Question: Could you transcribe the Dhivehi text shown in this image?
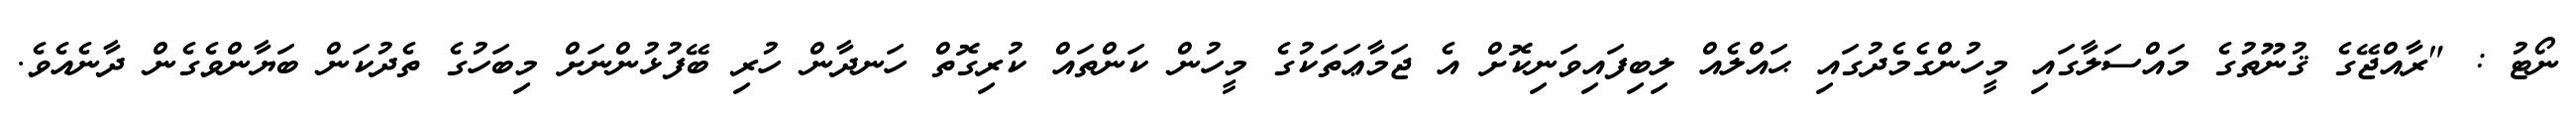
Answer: ނޯޓު : "ރާއްޖޭގެ ޤުނޫތުގެ މައްސަލާގައި މީހުންގެމެދުގައި ޙައްލެއް ލިބިފައިވަނިކޮށް އެ ޖަމާޢަތަކުގެ މީހުން ކަންތައް ކުރިގޮތް ހަނދާން ހުރި ބޭފުޅުންނަށް މިބަހުގެ ތެދުކަން ބަޔާންވެގެން ދާނެއެވެ.